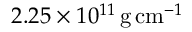
2 . 2 5 \times 1 0 ^ { 1 1 } { { \mathrm { \, g } } } { \mathrm { \, c m } } ^ { - 1 }